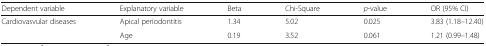
| Dependent variable | Explanatory variable | Beta | Chi-Square | p-value | OR (95% CI) |
 | --- | --- | --- | --- | --- | --- |
 | Cardiovasvular diseases | Apical periodontitis | 1.34 | 5.02 | 0.025 | 3.83 (1.18–12.40) |
 |  | Age | 0.19 | 3.52 | 0.061 | 1.21 (0.99–1.48) |